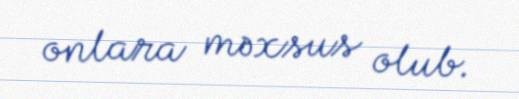
onlara məxsus olub.